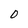
Character: 0